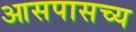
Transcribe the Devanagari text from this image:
आसपासच्य